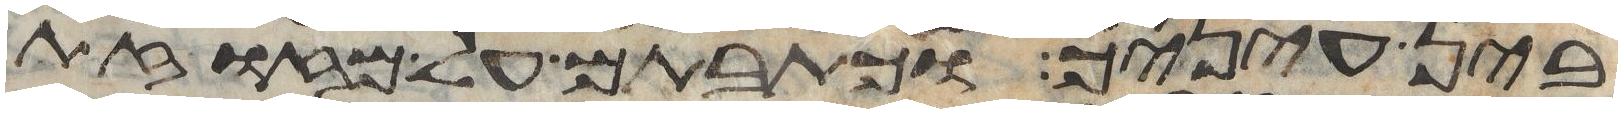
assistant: בין עיניך וכתבתם על מזזות